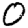
Digit: 0